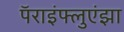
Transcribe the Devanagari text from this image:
पॅराइंफ्लुएंझा